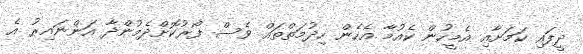
ދީފައި ކަމަށާއި އެމީހުން ކެއުމާ އެހެން ހިދުމަތްތައް ވެސް ފޯރުކޮށްދެމުންދާ އަންނައިރު އެ